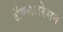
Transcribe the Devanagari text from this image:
अॅक्सलरेशन